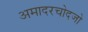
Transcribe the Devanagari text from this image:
अमादरचोदजो